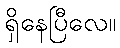
ရှိနေပြီလေ။